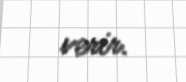
verir.